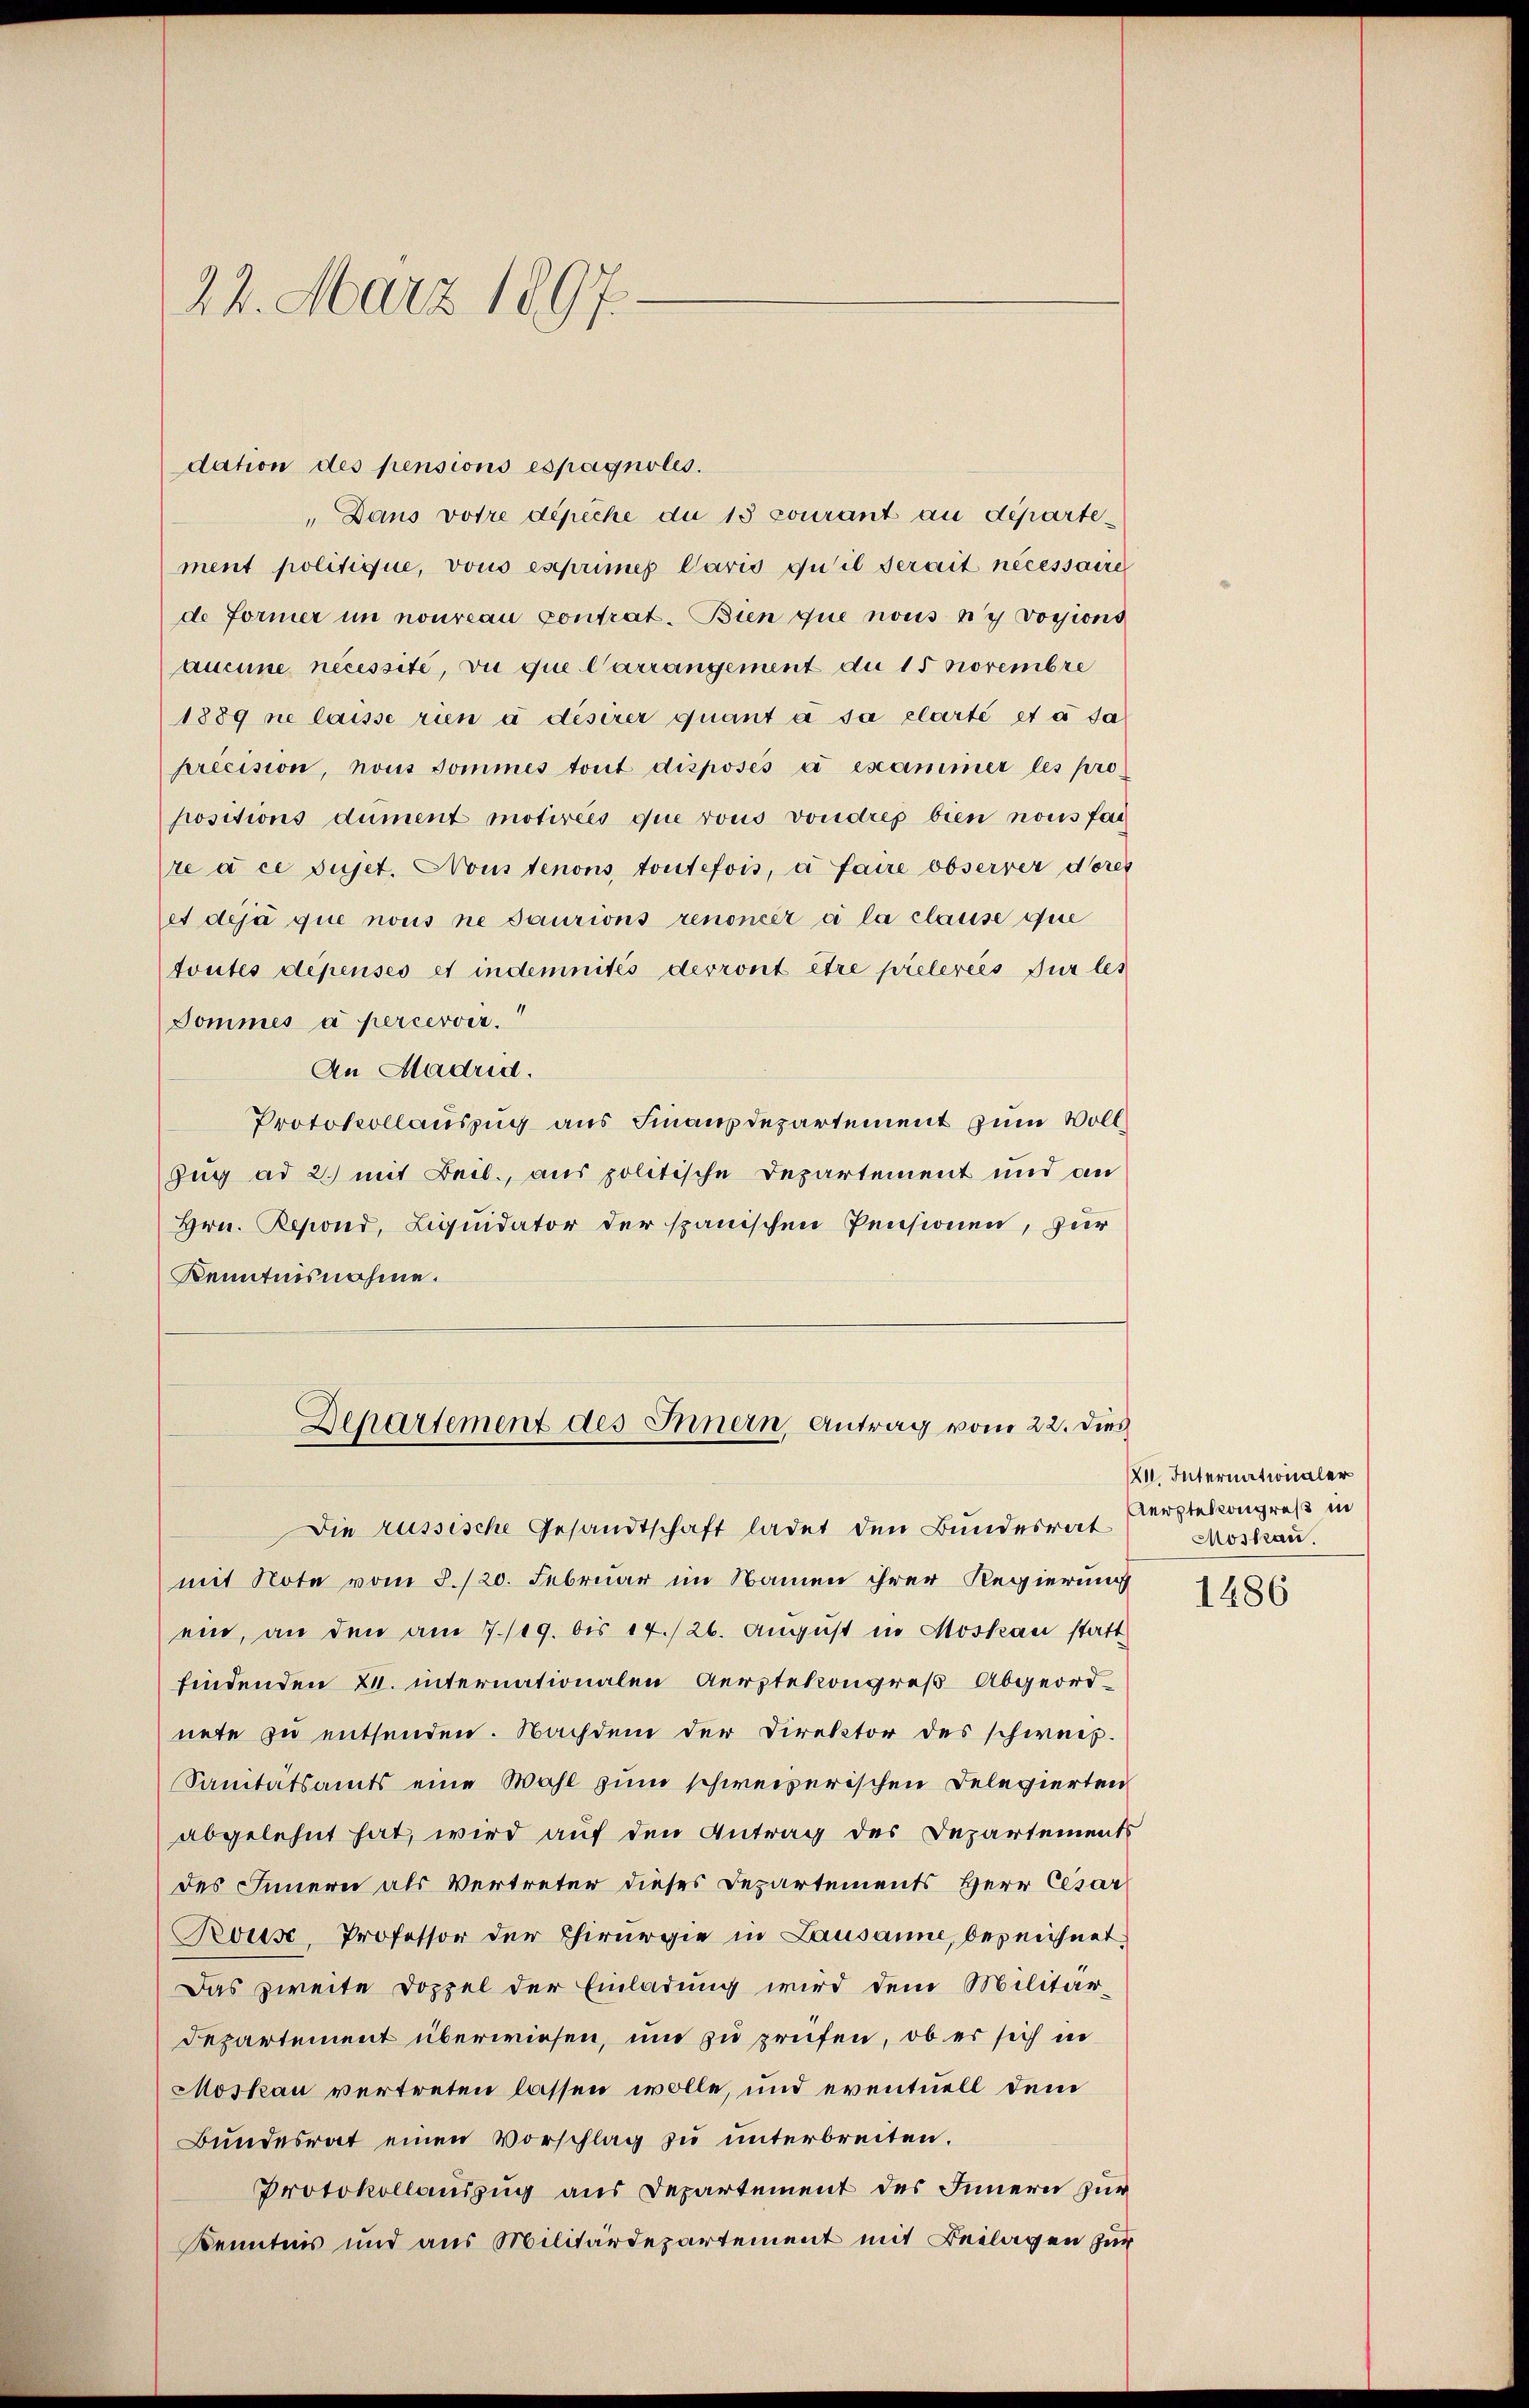
22. März 1897.

dation des pensions espagnoles.
„Dans votre dépiche du 15 courant au département politique, vous exprimes Paris qu’il serait nécessaire
de Former in nouveau contrat. Bien que nous ny vosions
aucune necessité, ou que Carrangement du 15 Novembre
1889 ne laisse rien à deserer quant à sa claerté et à sa
precision, nous sommes tout disposés à exammer les pro
positions dument motirées que vous vondres bien nous fai
re à ce sujet. Nous tenons toutefois, à faire observer dores
et deja que nous ne daurions renoncer à la clause que
toutes depensés et indemnités devront être prelereis sur les
Dommés a percevver.
An Madrid.
Protokollauszug aus Finanzdepartement zum Voll¬
Zug ad 2.) mit Beil., aus politische Departement und an
Hrn. Repond, Liquidator der spanischen Pensionen, für
Kenntnisnahme.
Departement des Innern, Antrag vom 22. dies
Die russische Gesandtschaft ladet den Bundesrat
mit Note vom 8./20. Februar im Namen ihrer Regierung
ein, an den am 7./19. bis 14./26. August in Moskau statt
findenden 2. internationalen Aerztekongreß Abgeordnete zu entsenden. Nachdem der Direktor des schweis-
Sanitätsamts eine Wahl zum schweizerischen Delegierten
abgelehnt hat, wird auf den Antrag der Departements
des Innern als Vertreter dieses Departements Herr Cesar
Rouse, Professor der Chirurgie in Lausanne, bezeichnet
Das zweite Doppel der Einladung wird dem Militär-
Departement überwiesen, und zu prüfen, ob es sich in
Moskau vertreten lassen wolle, und eventuell dem
Bundesrat einen Vorschlag zu unterbreiten.
Protokollauszug aus Departement des Innern zur
Kenntnis und aus Militärdepartement mit Beilagen zur

XII. Internationaler
Aerptelkongreß in
Moskau.

1486